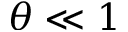
\theta \ll 1